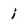
Character: i